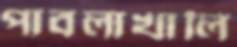
পাবলাখালি